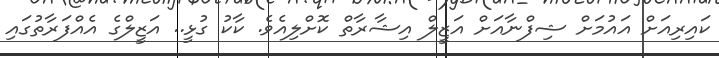
ކައިރިއަށް އައުމަށް ޝިފްނާއަަށް އަޒީލް އިޝާރާތް ކޮށްލިއެވެ. ކާކު ގުޅީ.. އަޒީލްގެ އެއްފަރާތުގައި